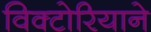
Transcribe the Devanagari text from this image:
विक्टोरियाने